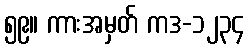
၅၉။ ကားအမှတ် ကဒ-၁၂၃၄